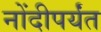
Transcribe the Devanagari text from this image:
नोंदीपर्यंत